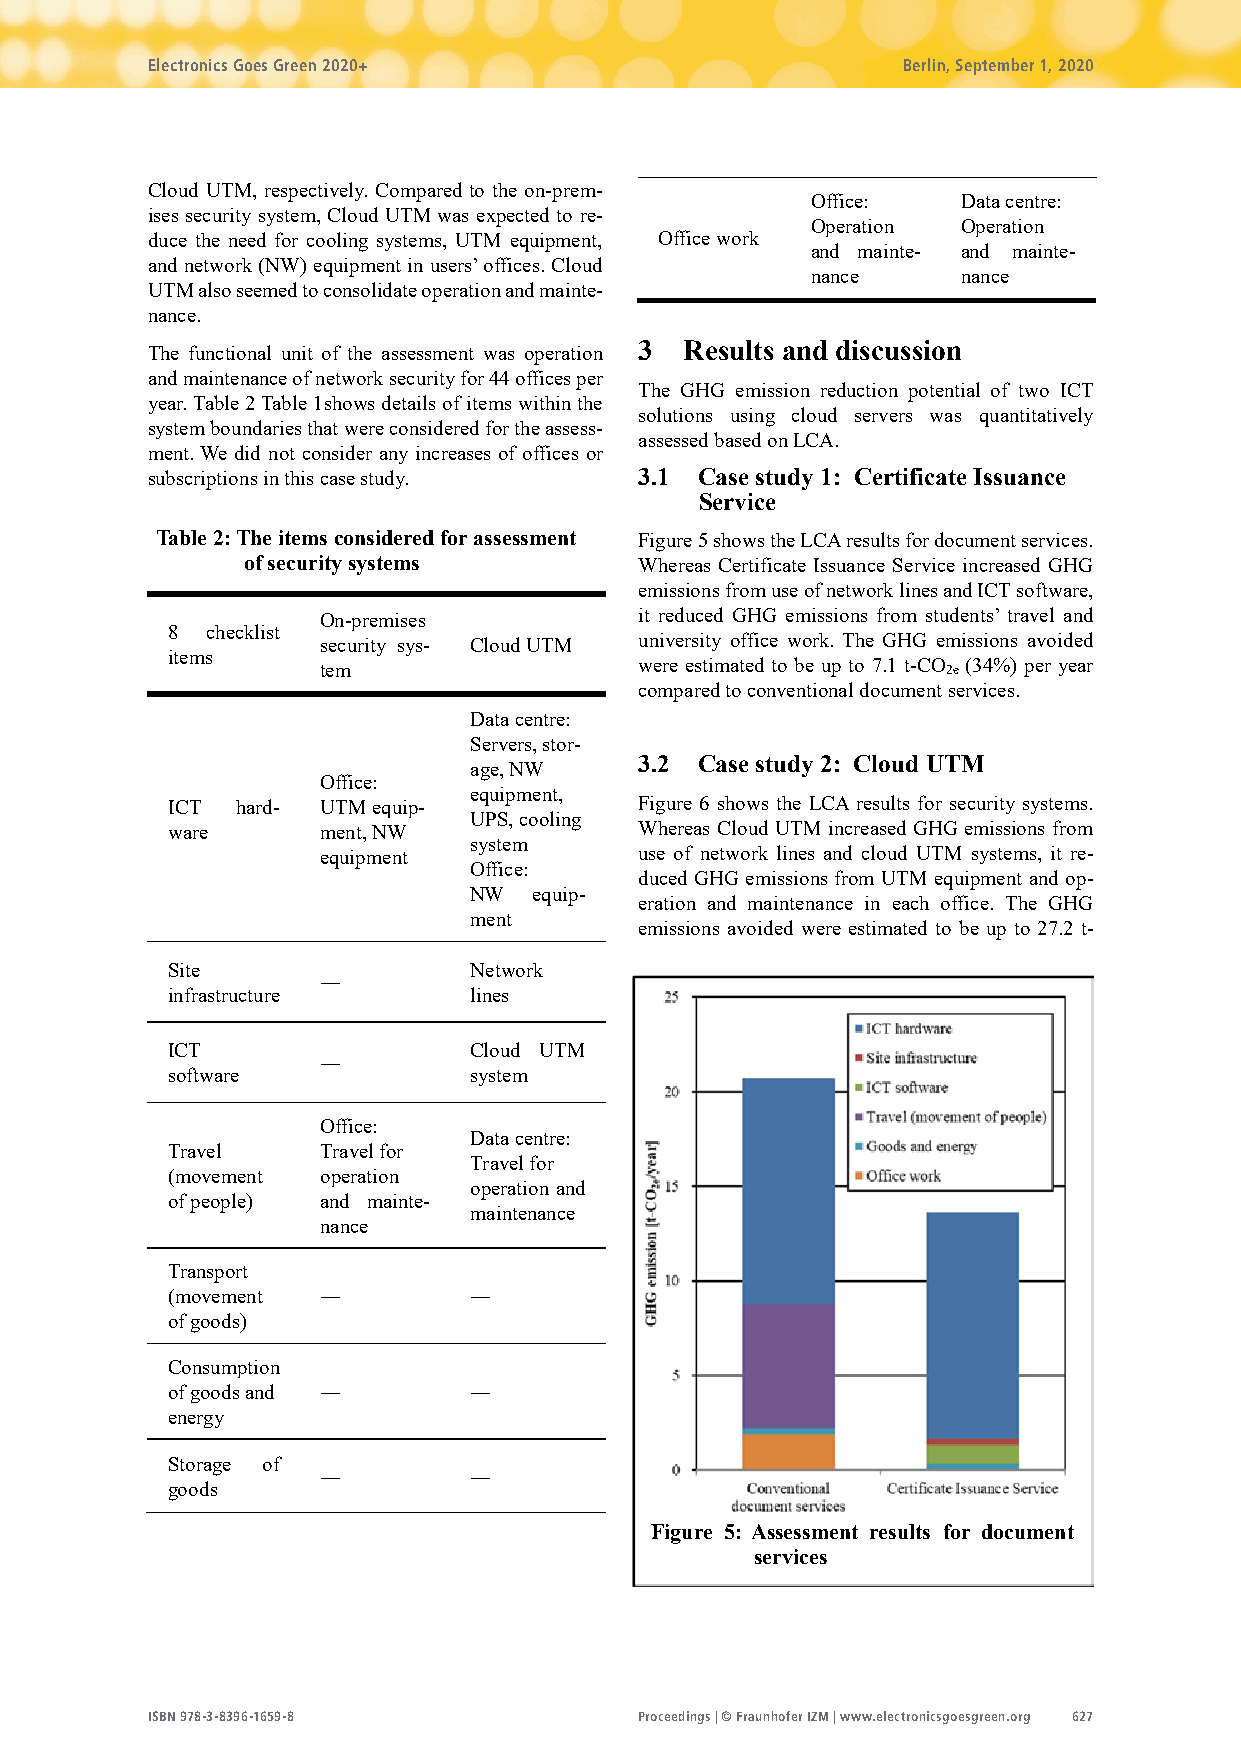
Electronics Goes Green 2020+                      Berlin, September 1, 2020
 Cloud UTM, respectively. Compared to the on-prem-
 Office:   Data centre:
 ises security system, Cloud UTM was expected to re-
 Operation Operation
 duce the need for cooling systems, UTM equipment, Office work
 and mainte- and mainte-
 and network (NW) equipment in users’ offices. Cloud
 nance     nance
 UTM also seemed to consolidate operation and mainte-
 nance.
 The functional unit of the assessment was operation 3 Results and discussion
 and maintenance of network security for 44 offices per
 The GHG emission reduction potential of two ICT
 year. Table 2 Table 1shows details of items within the
 solutions using cloud servers was quantitatively
 system boundaries that were considered for the assess-
 assessed based on LCA.
 ment. We did not consider any increases of offices or
 subscriptions in this case study. 3.1 Case study 1: Certificate Issuance
 Service
 T able 2: The items considered for assessment Figure 5 shows the LCA results for document services.
 of security systems       Whereas Certificate Issuance Service increased GHG
 emissions from use of network lines and ICT software,
 On-premises          it reduced GHG emissions from students’ travel and
 8  checklist
 security sys- Cloud UTM university office work. The GHG emissions avoided
 items
 tem                  were estimated to be up to 7.1 t-CO 2e (34%) per year
 compared to conventional document services.
 Data centre:
 Servers, stor-
 age, NW
 3.2 Case study 2: Cloud UTM
 Office:
 equipment,
 ICT  hard- UTM equip-          Figure 6 shows the LCA results for security systems.
 UPS, cooling
 ware      ment, NW             Whereas Cloud UTM increased GHG emissions from
 system
 equipment            use of network lines and cloud UTM systems, it re-
 Office:
 duced GHG emissions from UTM equipment and op-
 NW  equip-
 eration and maintenance in each office. The GHG
 ment
 emissions avoided were estimated to be up to 27.2 t-
 Site                Network
 ―
 infrastructure      lines
 ICT                 Cloud UTM
 ―
 software            system
 Office:
 Data centre:
 Travel    Travel for
 Travel for
 (movement operation
 operation and
 of people) and mainte-
 maintenance
 nance
 Transport
 (movement ―         ―
 of goods)
 Consumption
 of goods and ―      ―
 energy
 Storage of
 ―         ―
 goods
 Figure 5: Assessment results for document
 services
 ISBN 978-3-8396-1659-8          Proceedings | © Fraunhofer IZM | www.electronicsgoesgreen.org 627